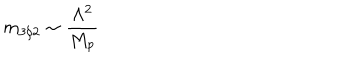
m _ { 3 / 2 } \sim \frac { \Lambda ^ { 2 } } { M _ { p } }